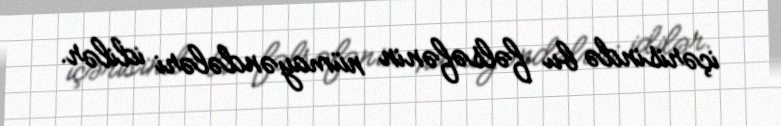
içərisində bu fəlsəfənin nümayəndələri idilər.